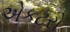
એકટરો